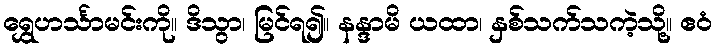
ရွှေဟင်္သာမင်းကို။ ဒိသွာ၊ မြင်ရ၍။ နန္ဒာမိ ယထာ၊ နှစ်သက်သကဲ့သို့။ ဧဝံ